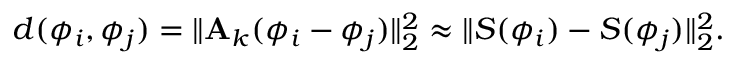
d ( \phi _ { i } , \phi _ { j } ) = \lVert { \bf A } _ { k } ( \phi _ { i } - \phi _ { j } ) \rVert _ { 2 } ^ { 2 } \approx \lVert { S } ( \phi _ { i } ) - { S } ( \phi _ { j } ) \rVert _ { 2 } ^ { 2 } .